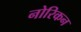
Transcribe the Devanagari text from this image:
नोरिकन